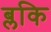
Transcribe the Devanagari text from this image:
ब्लकि